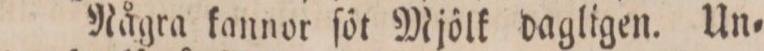
Några kannor ſöt Mjölk dagligen. Un=